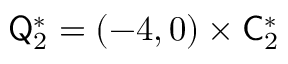
\mathsf Q _ { 2 } ^ { * } = ( - 4 , 0 ) \times \mathsf C _ { 2 } ^ { * }